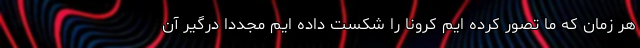
هر زمان که ما تصور کرده ایم کرونا را شکست داده ایم مجددا درگیر آن